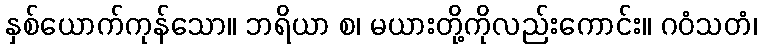
နှစ်ယောက်ကုန်သော။ ဘရိယာ စ၊ မယားတို့ကိုလည်းကောင်း။ ဂဝံသတံ၊